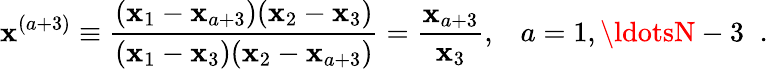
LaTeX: \mathbf{x}^{(a+3)}\equiv\frac{{(\mathbf{x}_{1}-\mathbf{x}_{a+3})(\mathbf{x}_{2}-\mathbf{x}_{3})}}{{(\mathbf{x}_{1}-\mathbf{x}_{3})(\mathbf{x}_{2}-\mathbf{x}_{a+3})}}=\frac{{\mathbf{x}_{a+3}}}{{\mathbf{x}_{3}}},\; \; \; a=1,\ldotsN-3\; \; .